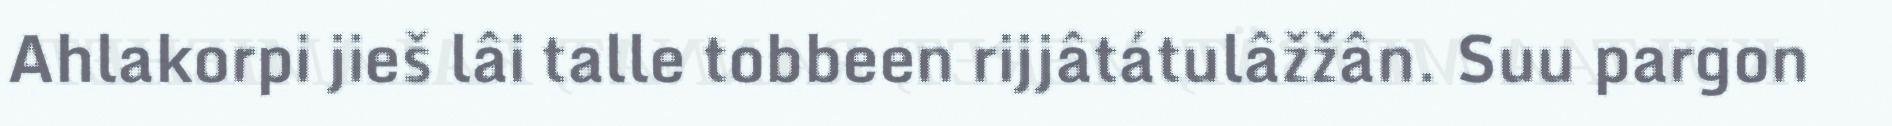
Ahlakorpi jieš lâi talle tobbeen rijjâtátulâžžân. Suu pargon